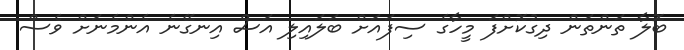
ބޮލާ ތަންތަން ދިގުކޮށްފަ މީހާގެ ސިފައަށް ބަލައިލި އަސް އިނގޭނެ އެންމެނަށް ވެސް